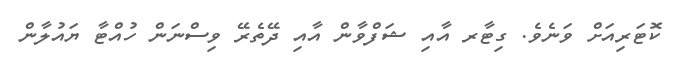
ކޮޓަރިއަށް ވަނެވެ. ގިޓާރ އާއި ޝަފްވާން އާއި ދޭތެރޭ ވިސްނަން ހުއްޓާ ޔައުލާން